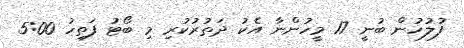
ފުލުހުން ބުނީ 17 މީހުންނާ އެކު ދަތުރުކުރި މި ބޯޓު ފަތިހު 5:00